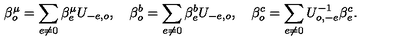
\beta _ { o } ^ { \mu } = \sum _ { e \neq 0 } \beta _ { e } ^ { \mu } U _ { - e , o } , \quad \beta _ { o } ^ { b } = \sum _ { e \neq 0 } \beta _ { e } ^ { b } U _ { - e , o } , \quad \beta _ { o } ^ { c } = \sum _ { e \neq 0 } U _ { o , - e } ^ { - 1 } \beta _ { e } ^ { c } .